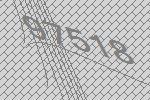
97518